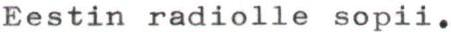
Eestin radiolle sopii.